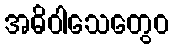
အဓိဝါသေတွေဝ